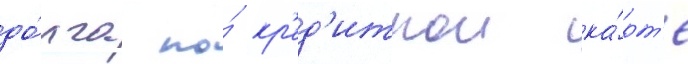
до́лга по́ кр'ед'итнои ка́рт'е